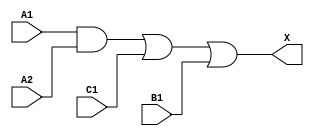
module sky130_fd_sc_hdll__a211o_7 (
    X ,
    A1,
    A2,
    B1,
    C1
);
    output X ;
    input  A1;
    input  A2;
    input  B1;
    input  C1;
    wire and0_out ;
    wire or0_out_X;
    and and0 (and0_out , A1, A2          );
    or  or0  (or0_out_X, and0_out, C1, B1);
    buf buf0 (X        , or0_out_X       );
endmodule